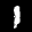
Label: 1